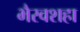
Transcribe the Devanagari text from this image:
भैरवशहा